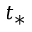
t _ { * }